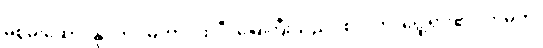
မစွမ်းဆောင်နိုင်ဘဲ။ မဟာပထဝီ၊ မြေကြီးသည်။ စလတိ၊ ရွေ့ရှား၏။ ကမ္ပတိ၊